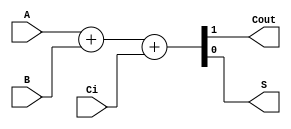
module sum1bcc (A, B, Ci,Cout,S);
	//Declara entradas y salidas
  input  A;
  input  B;
  input  Ci;
  output Cout;
  output S;

  reg [1:0] st; //st es un arreglo de dos bits que almacena informacin
  assign S = st[0]; // se le asgina la posicin 0 de st
  assign Cout = st[1]; // se le asgina la posicin 1 de st

  always @ ( * ) begin
  	st  = 	A+B+Ci;
  end
  
endmodule